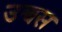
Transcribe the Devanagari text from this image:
उच्चस